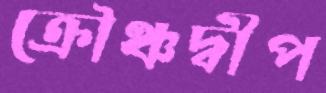
ক্রৌঞ্চদ্বীপ